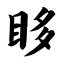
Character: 眵